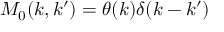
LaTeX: M _ { 0 } ( k , k ^ { \prime } ) = \theta ( k ) \delta ( k - k ^ { \prime } )